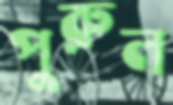
পুরুল